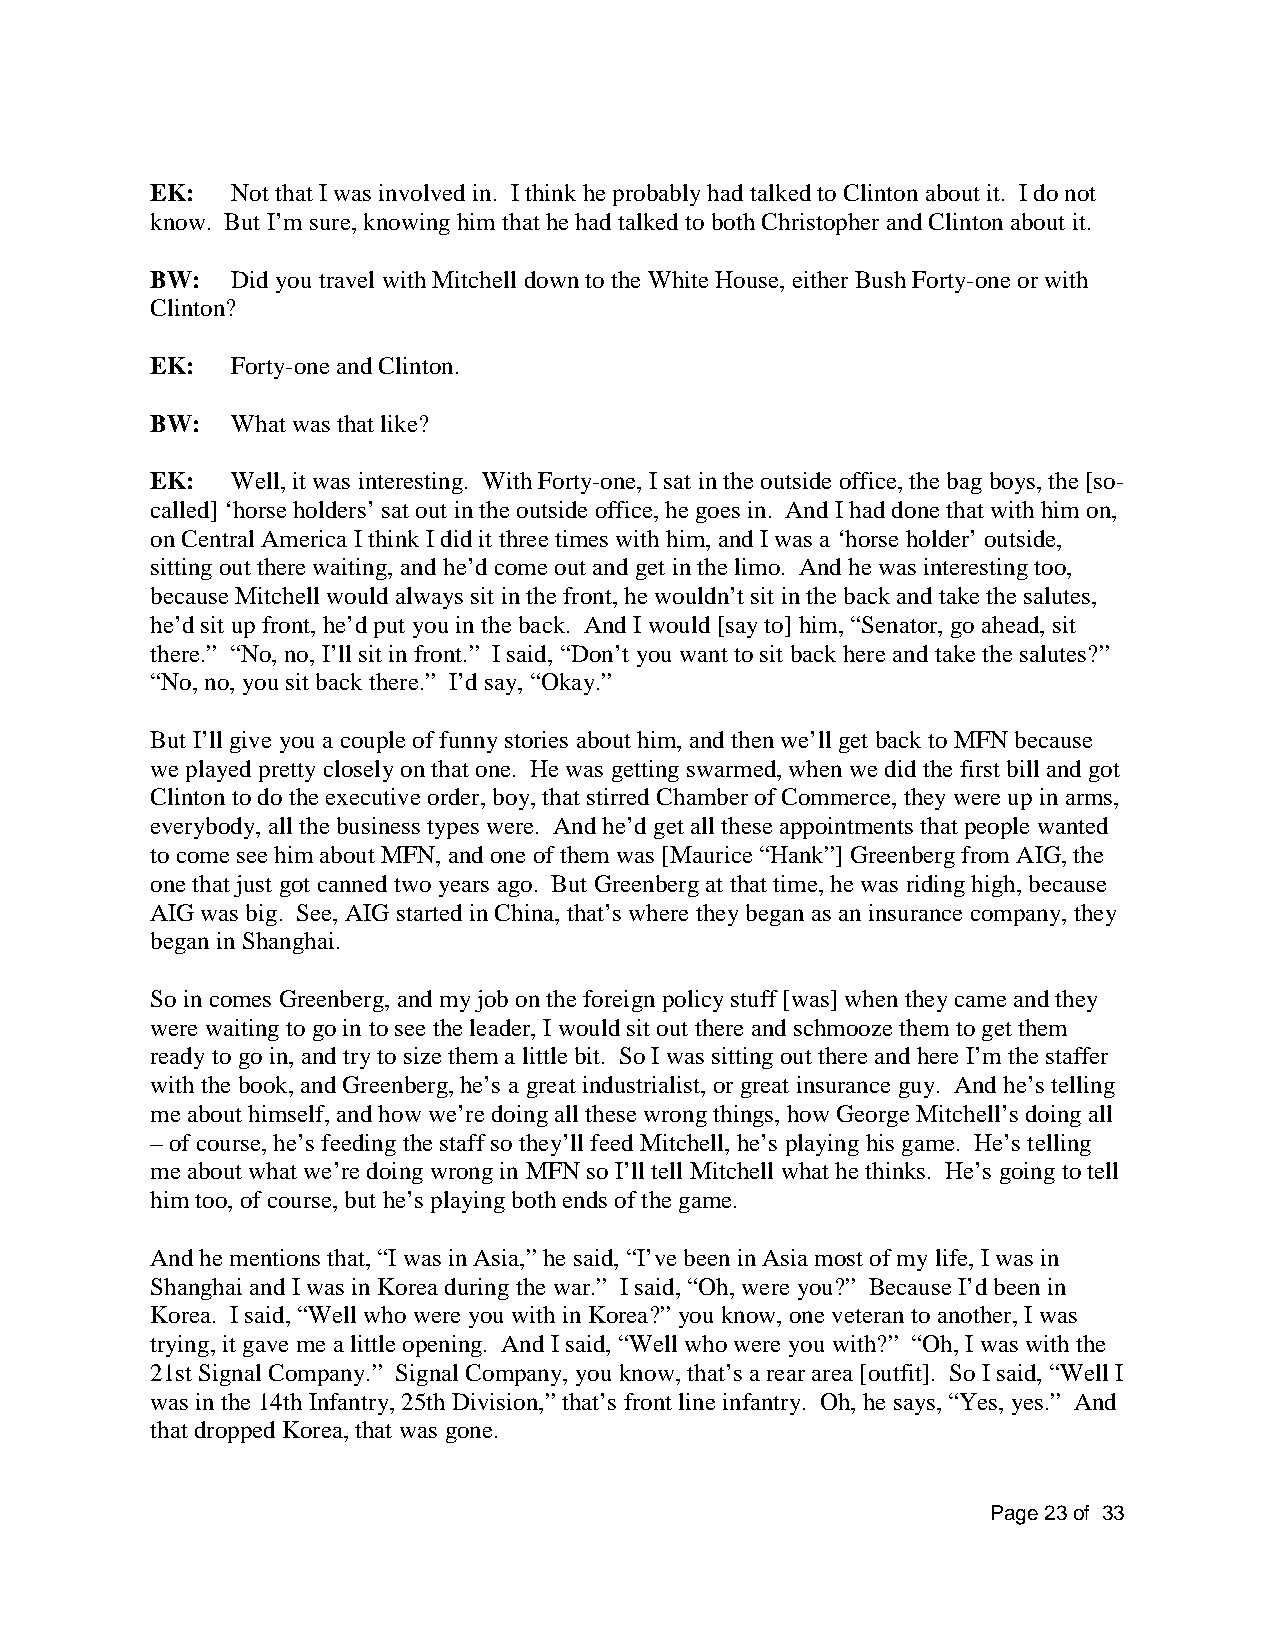
EK:  Not that I was involved in. I think he probably had talked to Clinton about it. I do not
 know. But I’m sure, knowing him that he had talked to both Christopher and Clinton about it.
 BW:  Did you travel with Mitchell down to the White House, either Bush Forty-one or with
 Clinton?
 EK:  Forty-one and Clinton.
 BW:  What was that like?
 EK:  Well, it was interesting. With Forty-one, I sat in the outside office, the bag boys, the [so-
 called] ‘horse holders’ sat out in the outside office, he goes in. And I had done that with him on,
 on Central America I think I did it three times with him, and I was a ‘horse holder’ outside,
 sitting out there waiting, and he’d come out and get in the limo. And he was interesting too,
 because Mitchell would always sit in the front, he wouldn’t sit in the back and take the salutes,
 he’d sit up front, he’d put you in the back. And I would [say to] him, “Senator, go ahead, sit
 there.” “No, no, I’ll sit in front.” I said, “Don’t you want to sit back here and take the salutes?”
 “No, no, you sit back there.” I’d say, “Okay.”
 But I’ll give you a couple of funny stories about him, and then we’ll get back to MFN because
 we played pretty closely on that one. He was getting swarmed, when we did the first bill and got
 Clinton to do the executive order, boy, that stirred Chamber of Commerce, they were up in arms,
 everybody, all the business types were. And he’d get all these appointments that people wanted
 to come see him about MFN, and one of them was [Maurice “Hank”] Greenberg from AIG, the
 one that just got canned two years ago. But Greenberg at that time, he was riding high, because
 AIG was big. See, AIG started in China, that’s where they began as an insurance company, they
 began in Shanghai.
 So in comes Greenberg, and my job on the foreign policy stuff [was] when they came and they
 were waiting to go in to see the leader, I would sit out there and schmooze them to get them
 ready to go in, and try to size them a little bit. So I was sitting out there and here I’m the staffer
 with the book, and Greenberg, he’s a great industrialist, or great insurance guy. And he’s telling
 me about himself, and how we’re doing all these wrong things, how George Mitchell’s doing all
 – of course, he’s feeding the staff so they’ll feed Mitchell, he’s playing his game. He’s telling
 me about what we’re doing wrong in MFN so I’ll tell Mitchell what he thinks. He’s going to tell
 him too, of course, but he’s playing both ends of the game.
 And he mentions that, “I was in Asia,” he said, “I’ve been in Asia most of my life, I was in
 Shanghai and I was in Korea during the war.” I said, “Oh, were you?” Because I’d been in
 Korea. I said, “Well who were you with in Korea?” you know, one veteran to another, I was
 trying, it gave me a little opening. And I said, “Well who were you with?” “Oh, I was with the
 21st Signal Company.” Signal Company, you know, that’s a rear area [outfit]. So I said, “Well I
 was in the 14th Infantry, 25th Division,” that’s front line infantry. Oh, he says, “Yes, yes.” And
 that dropped Korea, that was gone.
 Page 23 of 33